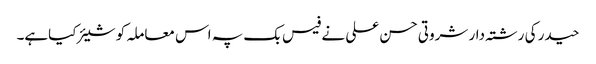
حیدر کی رشتہ دار شروتی حسن علی نے فیس بک پہ اس معاملہ کو شیئر کیاہے۔